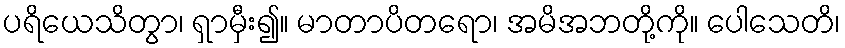
ပရိယေသိတွာ၊ ရှာမှီး၍။ မာတာပိတရော၊ အမိအဘတို့ကို။ ပေါသေတိ၊